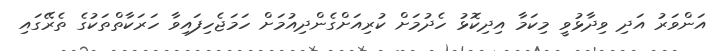
އަންވަރު އަދި ވިދާޅުވީ މިކަމާ އިދިކޮޅު ހެދުމަށް ކުރިއަށްގެންދިއުމަށް ހަމަޖެހިފައިވާ ހަރަކާތްތަކުގެ ތެރޭގައި